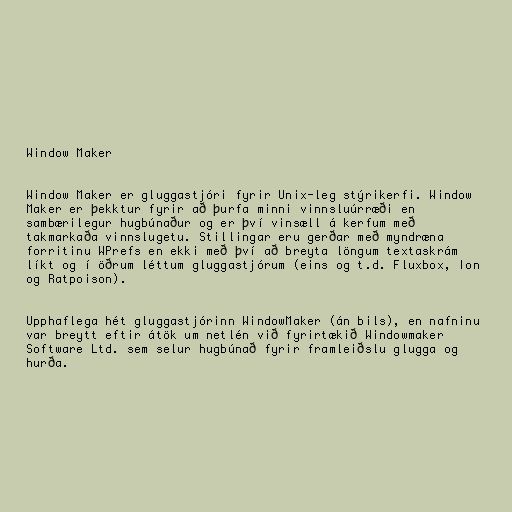
Window Maker

Window Maker er gluggastjóri fyrir Unix-leg stýrikerfi. Window
Maker er þekktur fyrir að þurfa minni vinnsluúrræði en
sambærilegur hugbúnaður og er því vinsæll á kerfum með
takmarkaða vinnslugetu. Stillingar eru gerðar með myndræna
forritinu WPrefs en ekki með því að breyta löngum textaskrám
líkt og í öðrum léttum gluggastjórum (eins og t.d. Fluxbox, Ion
og Ratpoison).

Upphaflega hét gluggastjórinn WindowMaker (án bils), en nafninu
var breytt eftir átök um netlén við fyrirtækið Windowmaker
Software Ltd. sem selur hugbúnað fyrir framleiðslu glugga og
hurða.